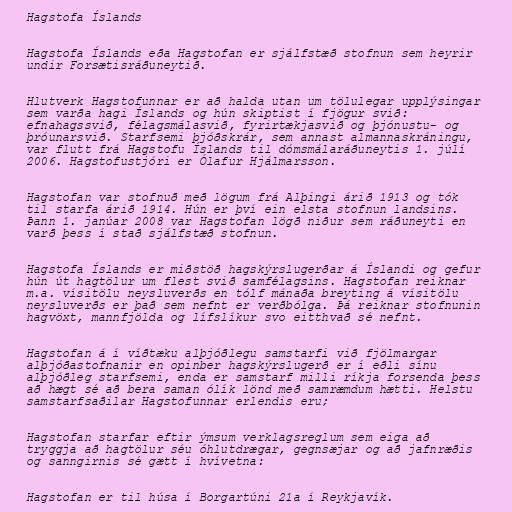
Hagstofa Íslands

Hagstofa Íslands eða Hagstofan er sjálfstæð stofnun sem heyrir
undir Forsætisráðuneytið.

Hlutverk Hagstofunnar er að halda utan um tölulegar upplýsingar
sem varða hagi Íslands og hún skiptist í fjögur svið:
efnahagssvið, félagsmálasvið, fyrirtækjasvið og þjónustu- og
þróunarsvið. Starfsemi þjóðskrár, sem annast almannaskráningu,
var flutt frá Hagstofu Íslands til dómsmálaráðuneytis 1. júlí
2006. Hagstofustjóri er Ólafur Hjálmarsson.

Hagstofan var stofnuð með lögum frá Alþingi árið 1913 og tók
til starfa árið 1914. Hún er því ein elsta stofnun landsins.
Þann 1. janúar 2008 var Hagstofan lögð niður sem ráðuneyti en
varð þess í stað sjálfstæð stofnun.

Hagstofa Íslands er miðstöð hagskýrslugerðar á Íslandi og gefur
hún út hagtölur um flest svið samfélagsins. Hagstofan reiknar
m.a. vísitölu neysluverðs en tólf mánaða breyting á vísitölu
neysluverðs er það sem nefnt er verðbólga. Þá reiknar stofnunin
hagvöxt, mannfjölda og lífslíkur svo eitthvað sé nefnt.

Hagstofan á í víðtæku alþjóðlegu samstarfi við fjölmargar
alþjóðastofnanir en opinber hagskýrslugerð er í eðli sínu
alþjóðleg starfsemi, enda er samstarf milli ríkja forsenda þess
að hægt sé að bera saman ólík lönd með samræmdum hætti. Helstu
samstarfsaðilar Hagstofunnar erlendis eru;

Hagstofan starfar eftir ýmsum verklagsreglum sem eiga að
tryggja að hagtölur séu óhlutdrægar, gegnsæjar og að jafnræðis
og sanngirnis sé gætt í hvívetna:

Hagstofan er til húsa í Borgartúni 21a í Reykjavík.